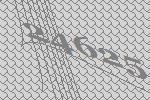
24625